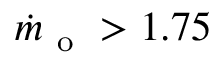
\dot { m } _ { \mathrm { ~ o ~ } } > 1 . 7 5